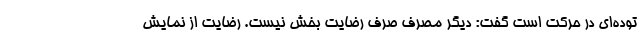
توده‌ای در حرکت است گفت: دیگر مصرفِ صرف رضایت بخش نیست. رضایت از نمایش